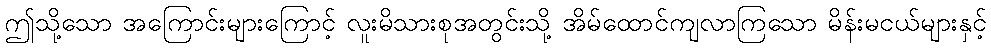
ဤသို့သော အကြောင်းများကြောင့် လူးမိသားစုအတွင်းသို့ အိမ်ထောင်ကျလာကြသော မိန်းမငယ်များနှင့်